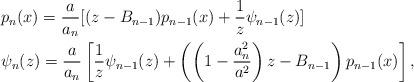
LaTeX: \begin{align*} &p_n(x)=\frac{a}{a_n}[(z-B_{n-1})p_{n-1}(x)+\frac{1}{z}\psi_{n-1}(z)]\\ &\psi_n(z)=\frac{a}{a_n}\left[\frac{1}{z}\psi_{n-1}(z)+\left(\left(1-\frac{a_n^2}{a^2}\right)z-B_{n-1}\right) p_{n-1}(x)\right],\end{align*}